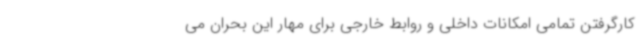
کارگرفتن تمامی امکانات داخلی و روابط خارجی برای مهار این بحران می